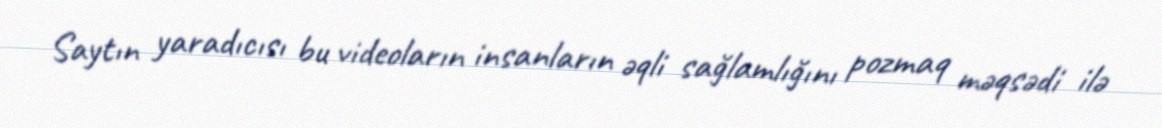
Saytın yaradıcısı bu videoların insanların əqli sağlamlığını pozmaq məqsədi ilə